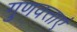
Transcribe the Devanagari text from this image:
गुणवत्ताएं